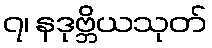
၇၊ နဒုဗ္ဘိယသုတ်